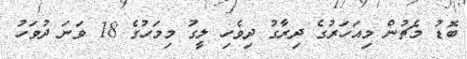
ބޮޑު މެޗުން މިއަހަރުގެ ދިރާގު ދިވެހި ލީގު މިމަހުގެ 18 ވަނަ ދުވަހު